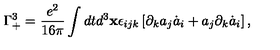
\Gamma _ { + } ^ { 3 } = \frac { e ^ { 2 } } { 1 6 \pi } \int d t d ^ { 3 } { \bf x } \epsilon _ { i j k } \left[ \partial _ { k } a _ { j } \dot { a } _ { i } + a _ { j } \partial _ { k } \dot { a } _ { i } \right] ,